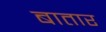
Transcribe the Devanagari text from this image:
बातार